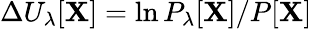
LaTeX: \Delta U_{\lambda}[\mathbf{X}]=\ln P_{\lambda}[\mathbf{X}]/P[\mathbf{X}]